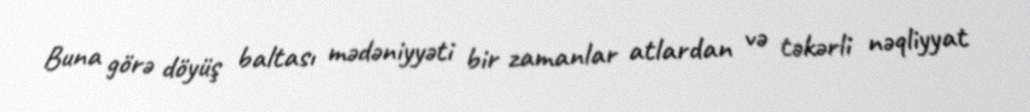
Buna görə döyüş baltası mədəniyyəti bir zamanlar atlardan və təkərli nəqliyyat